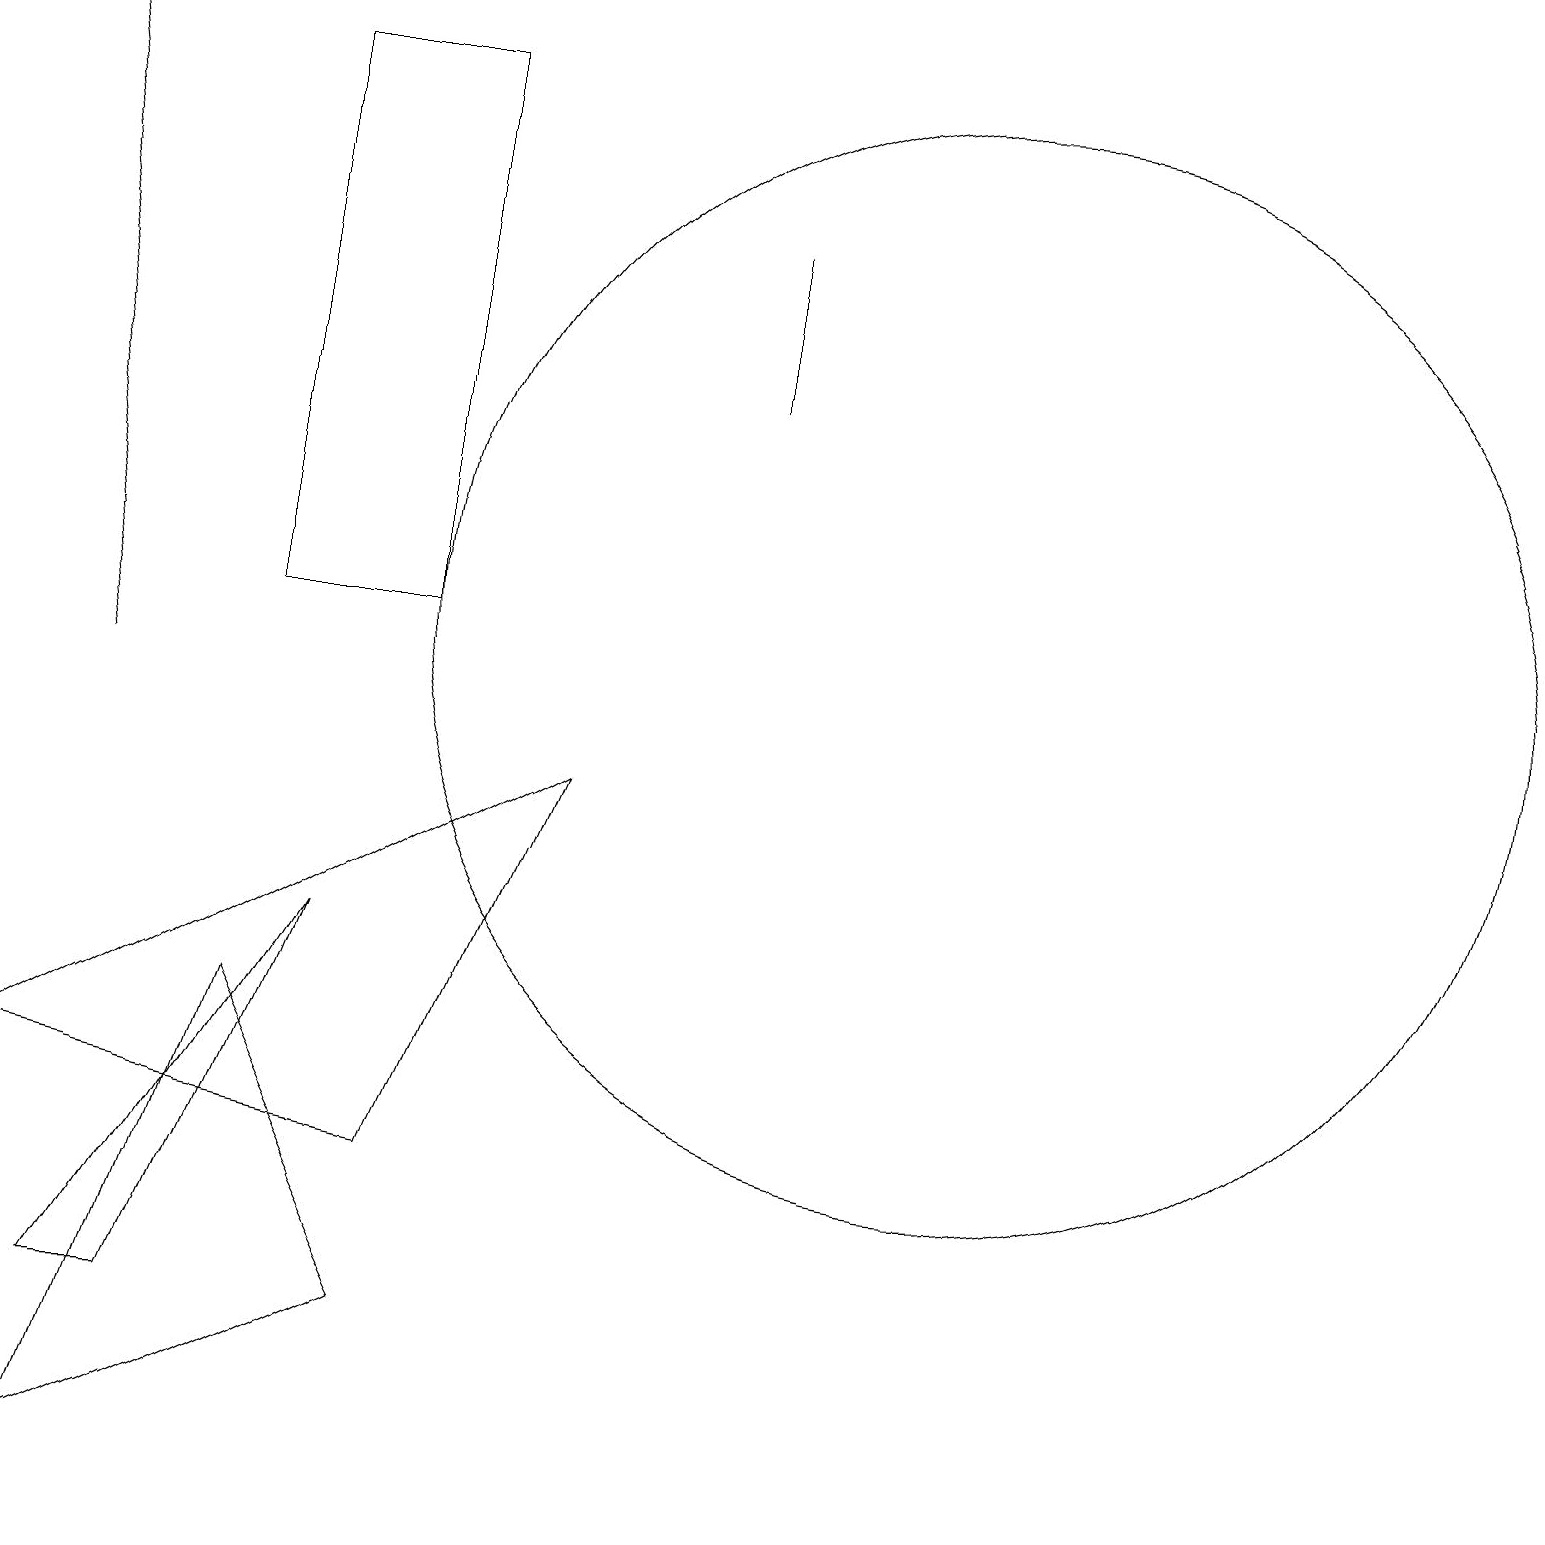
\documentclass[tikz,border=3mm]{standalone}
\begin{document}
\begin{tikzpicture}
\draw (12,11) circle (7);
\draw (11,12) circle (0);
\draw (5,4) -- (7,9) -- (0,5) -- cycle;
\draw[->] (1,10) -- (0,19);
\draw (5,18) rectangle (3,11);
\draw (4,7) -- (2,2) -- (1,2) -- cycle;
\draw (9,14) rectangle (9,16);
\draw (1,0) -- (5,2) -- (3,6) -- cycle;
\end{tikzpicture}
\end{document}